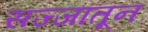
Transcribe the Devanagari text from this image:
सज्जातून